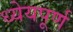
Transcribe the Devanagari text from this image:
ध्येयपूर्ण